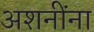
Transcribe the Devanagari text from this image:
अशनींना